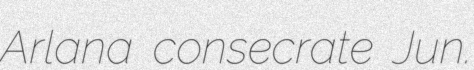
Arlana consecrate Jun.